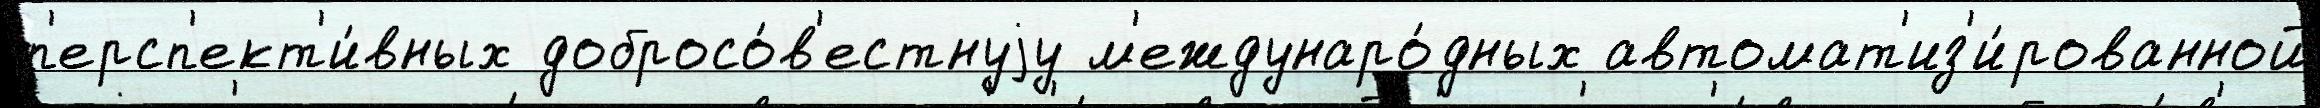
п'ерсп'ект'и́вных добросо́в'естнуjу м'еждунаро́дных автомат'из'и́рованной